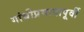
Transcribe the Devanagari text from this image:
गांधीप्रभावापूर्वी